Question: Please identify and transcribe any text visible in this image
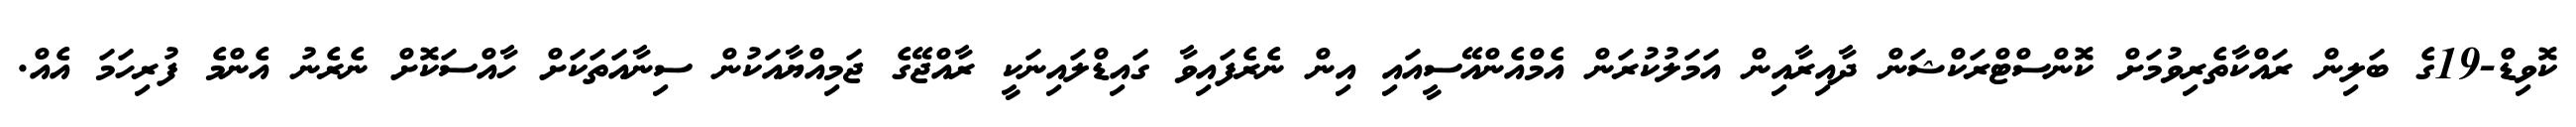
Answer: ކޮވިޑް-19ގެ ބަލިން ރައްކާތެރިވުމަށް ކޮންސްޓްރަކްޝަން ދާއިރާއިން އަމަލުކުރަން އެމްއެންއޭސީއައި އިން ނެރެފައިވާ ގައިޑްލައިނަކީ ރާއްޖޭގެ ޖަމިއްޔާއަކުން ސިނާއަތަކަށް ހާއްސަކޮށް ނެރެނު އެންމެ ފުރިހަމަ އެއް.